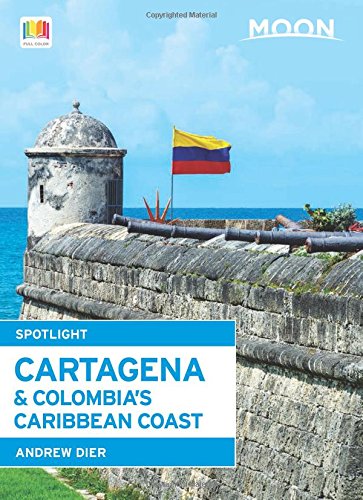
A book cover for Moon Spotlight Cartagena & Colombia's Caribbean Coast; Andrew Dier; Travel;